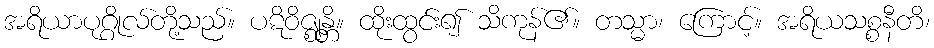
အရိယာပုဂ္ဂိုလ်တို့သည်။ ပဋိဝိဇ္ဈန္တိ။ ထိုးထွင်း၍ သိကုန်၏။ တသ္မာ၊ ကြောင့်။ အရိယသစ္စနီတိ၊